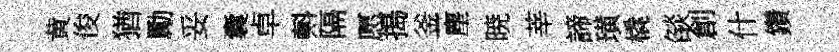
黄俊猶勵妥囊卓㪺隔愿搗釜塵暁莘諦璜橇燄創什鑽